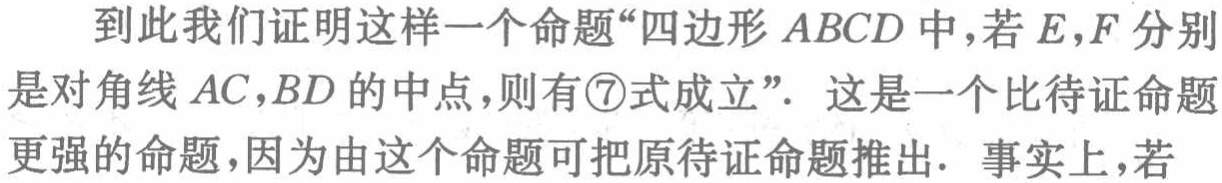
到此我们证明这样一个命题“四边形 \(ABCD\) 中，若 \(E,F\) 分别是对角线 \(AC,BD\) 的中点，则有\textcircled{7}式成立”. 这是一个比待证命题更强的命题，因为由这个命题可把原待证命题推出. 事实上，若